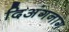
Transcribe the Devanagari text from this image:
दिअंगनाग